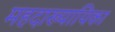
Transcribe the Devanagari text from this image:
महदाख्यायिका